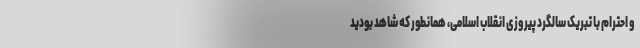
و احترام با تبریک سالگرد پیروزی انقلاب اسلامی، همانطور که شاهد بودید